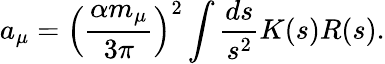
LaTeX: a_{\mu}=\Big(\frac{\alpha m_{\mu}}{3\pi}\Big)^{2}\int\frac{ds}{s^{2}}K(s)R(s).